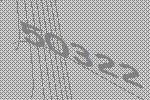
50322